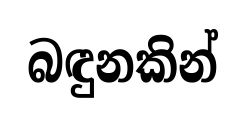
බඳුනකින්